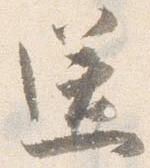
送